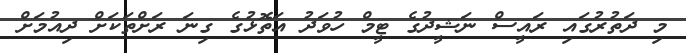
މި ދަތުރުގައި ރައީސް ނަޝީދުގެ ޓީމް ހުވަދު އަތޮޅުގެ ގިނަ ރަށްތަކަށް ދިއުމަށް